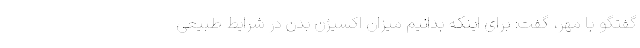
گفتگو با مهر، گفت: برای اینکه بدانیم میزان اکسیژن بدن در شرایط طبیعی